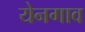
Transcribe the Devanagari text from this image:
येनगाव